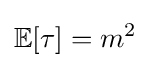
\mathbb {E} [\tau ]=m^{2}